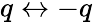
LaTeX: q\leftrightarrow-q